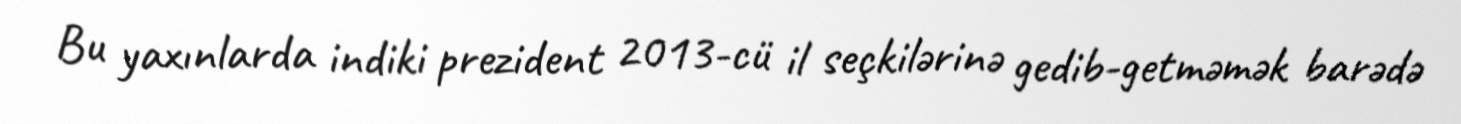
Bu yaxınlarda indiki prezident 2013-cü il seçkilərinə gedib-getməmək barədə